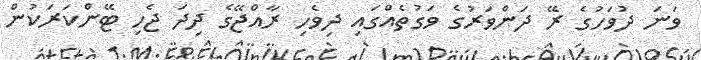
ވަނަ ދުވަހުގެ ރޭ ދަންވަރުގެ ވަގުތެއްގައި ދިވެހި ރާއްޖޭގެ ދިދަ ޖެހި ޓޭންކަރަކުން